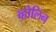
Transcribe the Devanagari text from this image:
व्होलिन